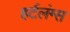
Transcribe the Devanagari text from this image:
हर्टलंग्स